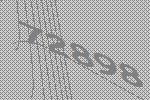
72898